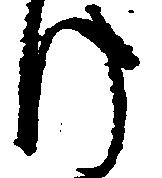
け